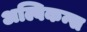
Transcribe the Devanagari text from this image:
अल्बिकन्स